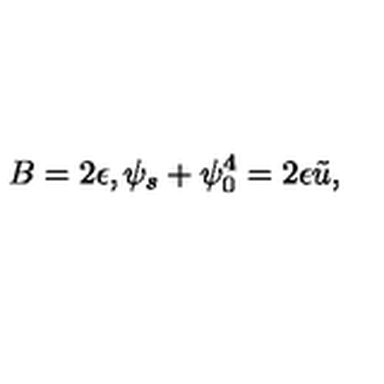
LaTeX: B = 2 \epsilon , \psi _ { s } + \psi _ { 0 } ^ { 4 } = 2 \epsilon \tilde { u } ,